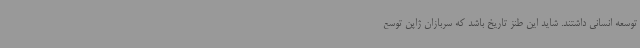
توسعه انسانی داشتند. شاید این طنز تاریخ باشد که سربازان ژاپن توسع